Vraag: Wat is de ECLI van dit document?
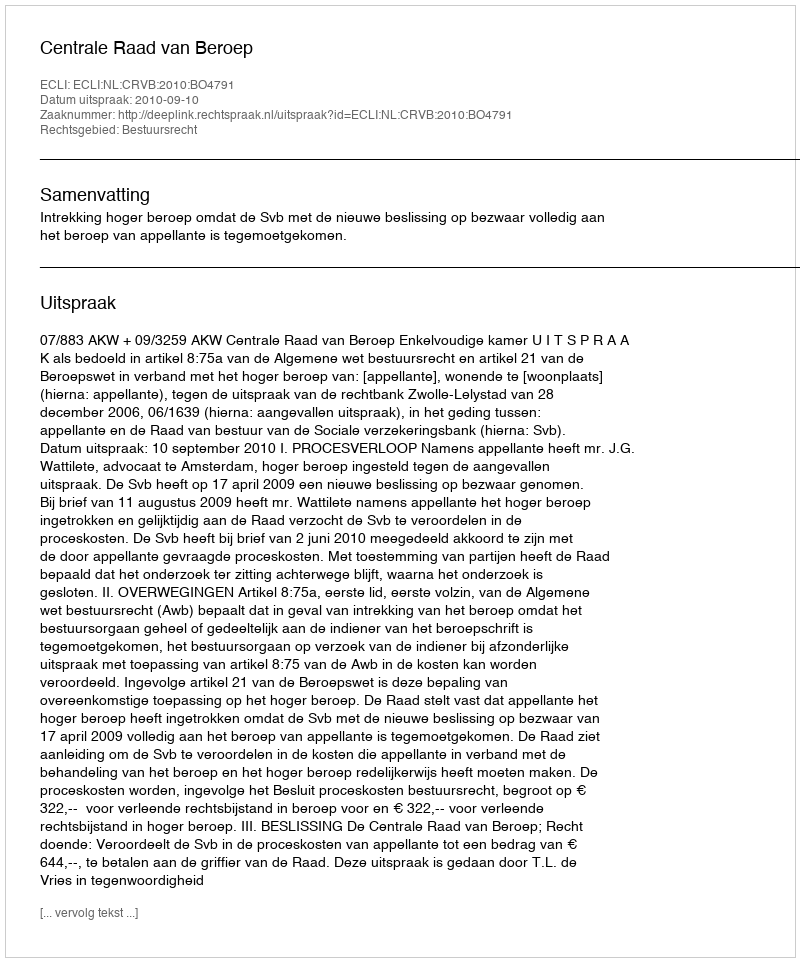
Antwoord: ECLI:NL:CRVB:2010:BO4791